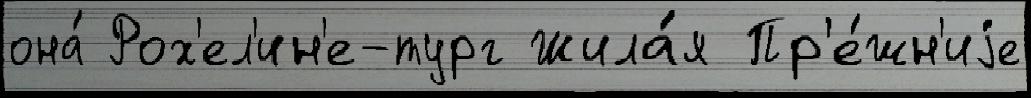
она́ Рох'ел'ин'е-тург Жила́я Пр'е́жн'иjе